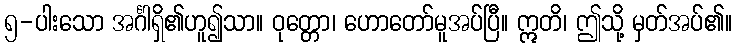
၅-ပါးသော အင်္ဂါရှိ၏ဟူ၍သာ။ ဝုတ္တော၊ ဟောတော်မူအပ်ပြီ။ ဣတိ၊ ဤသို့ မှတ်အပ်၏။